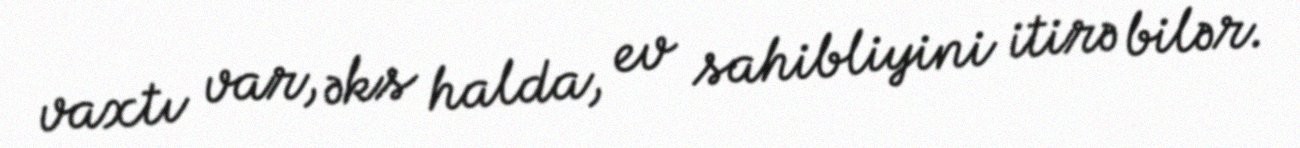
vaxtı var, əks halda, ev sahibliyini itirə bilər.